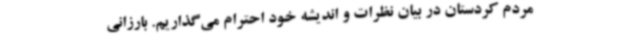
مردم کردستان در بیان نظرات و اندیشه خود احترام می‌گذاریم. بارزانی